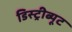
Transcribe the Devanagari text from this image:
डिस्ट्रीब्यूट